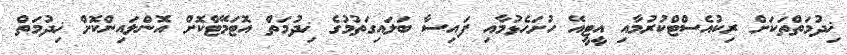
ޚިދުމަތްތަކަށް ރިކުއެސްޓްކުރުމާއި އީޓީއޭ ހުށަހެޅުމާއި ފައިސާ ބަލައިގަތުމުގެ ޚިދުމަތް އޮޓަމޭޓްކޮށް އޮންލައިންކޮށް ޚިދުމަތް